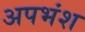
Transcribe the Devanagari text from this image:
अपभंश